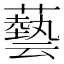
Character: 藝